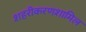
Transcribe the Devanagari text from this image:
शहरीकरणशामिल